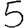
Digit: 5